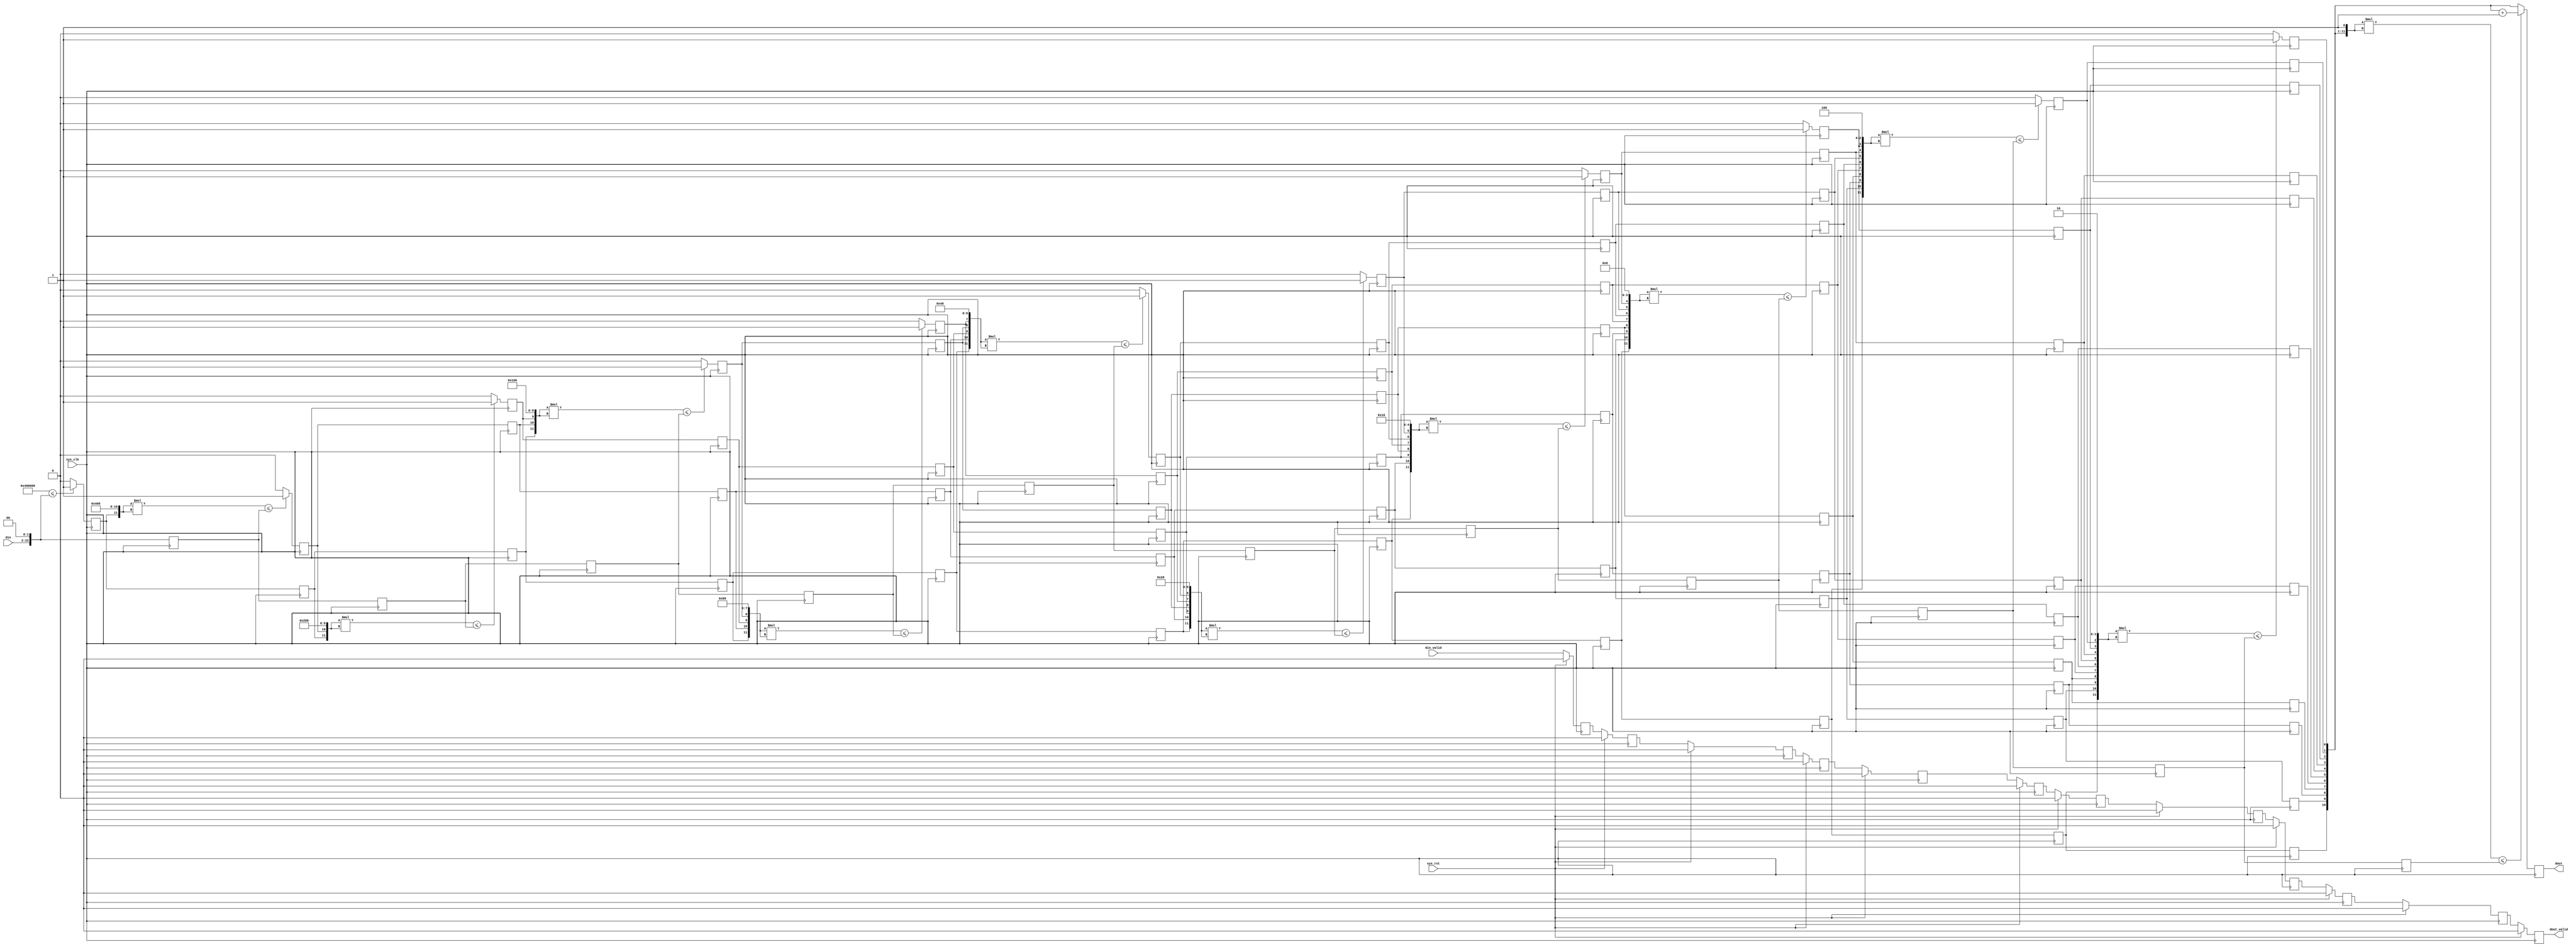
module sqrt
(
    input  wire                 sys_clk     ,
    input  wire                 sys_rst     ,
    input  wire     [20:0]      din         ,
    input  wire                 din_valid   ,
    output wire     [10:0]      dout        ,
    output wire                 dout_valid
);
//----------------------------------------------------------------------
//  c1
reg             [22:0]          data_c1;

always @(posedge sys_clk)
begin
    data_c1 <= {din,2'b0};
end

wire            [23:0]          mult_c1;
assign mult_c1 = 12'b1000_0000_0000 * 12'b1000_0000_0000;

reg                             bit10_c1;

always @(posedge sys_clk)
begin
    if(mult_c1 <= {din,2'b0})
        bit10_c1 <= 1'b1;
    else
        bit10_c1 <= 1'b0;
end

reg                             data_valid_c1;

always @(posedge sys_clk)
begin
    if(sys_rst == 1'b1)
        data_valid_c1 <= 1'b0;
    else
        data_valid_c1 <= din_valid;
end

//----------------------------------------------------------------------
//  c2
reg             [22:0]          data_c2;
reg                             bit10_c2;

always @(posedge sys_clk)
begin
    data_c2  <= data_c1;
    bit10_c2 <= bit10_c1;
end

wire            [23:0]          mult_c2;
assign mult_c2 = {bit10_c1,11'b100_0000_0000} * {bit10_c1,11'b100_0000_0000};

reg                             bit9_c2;

always @(posedge sys_clk)
begin
    if(mult_c2 <= data_c1)
        bit9_c2 <= 1'b1;
    else
        bit9_c2 <= 1'b0;
end

reg                             data_valid_c2;

always @(posedge sys_clk)
begin
    if(sys_rst == 1'b1)
        data_valid_c2 <= 1'b0;
    else
        data_valid_c2 <= data_valid_c1;
end

//----------------------------------------------------------------------
//  c3
reg             [22:0]          data_c3;
reg                             bit10_c3;
reg                             bit9_c3;

always @(posedge sys_clk)
begin
    data_c3  <= data_c2;
    bit10_c3 <= bit10_c2;
    bit9_c3  <= bit9_c2;
end

wire            [23:0]          mult_c3;
assign mult_c3 = {bit10_c2,bit9_c2,10'b10_0000_0000} * {bit10_c2,bit9_c2,10'b10_0000_0000};

reg                             bit8_c3;

always @(posedge sys_clk)
begin
    if(mult_c3 <= data_c2)
        bit8_c3 <= 1'b1;
    else
        bit8_c3 <= 1'b0;
end

reg                             data_valid_c3;

always @(posedge sys_clk)
begin
    if(sys_rst == 1'b1)
        data_valid_c3 <= 1'b0;
    else
        data_valid_c3 <= data_valid_c2;
end

//----------------------------------------------------------------------
//  c4
reg             [22:0]          data_c4;
reg                             bit10_c4;
reg                             bit9_c4;
reg                             bit8_c4;

always @(posedge sys_clk)
begin
    data_c4  <= data_c3;
    bit10_c4 <= bit10_c3;
    bit9_c4  <= bit9_c3;
    bit8_c4  <= bit8_c3;
end

wire            [23:0]          mult_c4;
assign mult_c4 = {bit10_c3,bit9_c3,bit8_c3,9'b1_0000_0000} * {bit10_c3,bit9_c3,bit8_c3,9'b1_0000_0000};

reg                             bit7_c4;

always @(posedge sys_clk)
begin
    if(mult_c4 <= data_c3)
        bit7_c4 <= 1'b1;
    else
        bit7_c4 <= 1'b0;
end

reg                             data_valid_c4;

always @(posedge sys_clk)
begin
    if(sys_rst == 1'b1)
        data_valid_c4 <= 1'b0;
    else
        data_valid_c4 <= data_valid_c3;
end

//----------------------------------------------------------------------
//  c5
reg             [22:0]          data_c5;
reg                             bit10_c5;
reg                             bit9_c5;
reg                             bit8_c5;
reg                             bit7_c5;

always @(posedge sys_clk)
begin
    data_c5  <= data_c4;

    bit10_c5 <= bit10_c4;
    bit9_c5  <= bit9_c4;
    bit8_c5  <= bit8_c4;
    bit7_c5  <= bit7_c4;
end

wire            [23:0]          mult_c5;
assign mult_c5 = {bit10_c4,bit9_c4,bit8_c4,bit7_c4,8'b1000_0000} * {bit10_c4,bit9_c4,bit8_c4,bit7_c4,8'b1000_0000};

reg                             bit6_c5;

always @(posedge sys_clk)
begin
    if(mult_c5 <= data_c4)
        bit6_c5 <= 1'b1;
    else
        bit6_c5 <= 1'b0;
end

reg                             data_valid_c5;

always @(posedge sys_clk)
begin
    if(sys_rst == 1'b1)
        data_valid_c5 <= 1'b0;
    else
        data_valid_c5 <= data_valid_c4;
end

//----------------------------------------------------------------------
//  c6
reg             [22:0]          data_c6;
reg                             bit10_c6;
reg                             bit9_c6;
reg                             bit8_c6;
reg                             bit7_c6;
reg                             bit6_c6;

always @(posedge sys_clk)
begin
    data_c6  <= data_c5;
    bit10_c6 <= bit10_c5;
    bit9_c6  <= bit9_c5;
    bit8_c6  <= bit8_c5;
    bit7_c6  <= bit7_c5;
    bit6_c6  <= bit6_c5;
end

wire            [23:0]          mult_c6;
assign mult_c6 = {bit10_c5,bit9_c5,bit8_c5,bit7_c5,bit6_c5,7'b100_0000} * {bit10_c5,bit9_c5,bit8_c5,bit7_c5,bit6_c5,7'b100_0000};

reg                             bit5_c6;

always @(posedge sys_clk)
begin
    if(mult_c6 <= data_c5)
        bit5_c6 <= 1'b1;
    else
        bit5_c6 <= 1'b0;
end

reg                             data_valid_c6;

always @(posedge sys_clk)
begin
    if(sys_rst == 1'b1)
        data_valid_c6 <= 1'b0;
    else
        data_valid_c6 <= data_valid_c5;
end

//----------------------------------------------------------------------
//  c7
reg             [22:0]          data_c7;
reg                             bit10_c7;
reg                             bit9_c7;
reg                             bit8_c7;
reg                             bit7_c7;
reg                             bit6_c7;
reg                             bit5_c7;

always @(posedge sys_clk)
begin
    data_c7  <= data_c6;
    bit10_c7 <= bit10_c6;
    bit9_c7  <= bit9_c6;
    bit8_c7  <= bit8_c6;
    bit7_c7  <= bit7_c6;
    bit6_c7  <= bit6_c6;
    bit5_c7  <= bit5_c6;
end

wire            [23:0]          mult_c7;
assign mult_c7 = {bit10_c6,bit9_c6,bit8_c6,bit7_c6,bit6_c6,bit5_c6,6'b10_0000} * {bit10_c6,bit9_c6,bit8_c6,bit7_c6,bit6_c6,bit5_c6,6'b10_0000};

reg                             bit4_c7;

always @(posedge sys_clk)
begin
    if(mult_c7 <= data_c6)
        bit4_c7 <= 1'b1;
    else
        bit4_c7 <= 1'b0;
end

reg                             data_valid_c7;

always @(posedge sys_clk)
begin
    if(sys_rst == 1'b1)
        data_valid_c7 <= 1'b0;
    else
        data_valid_c7 <= data_valid_c6;
end

//----------------------------------------------------------------------
//  c8
reg             [22:0]          data_c8;
reg                             bit10_c8;
reg                             bit9_c8;
reg                             bit8_c8;
reg                             bit7_c8;
reg                             bit6_c8;
reg                             bit5_c8;
reg                             bit4_c8;

always @(posedge sys_clk)
begin
    data_c8  <= data_c7;
    bit10_c8 <= bit10_c7;
    bit9_c8  <= bit9_c7;
    bit8_c8  <= bit8_c7;
    bit7_c8  <= bit7_c7;
    bit6_c8  <= bit6_c7;
    bit5_c8  <= bit5_c7;
    bit4_c8  <= bit4_c7;
end

wire            [23:0]          mult_c8;
assign mult_c8 = {bit10_c7,bit9_c7,bit8_c7,bit7_c7,bit6_c7,bit5_c7,bit4_c7,5'b1_0000} * {bit10_c7,bit9_c7,bit8_c7,bit7_c7,bit6_c7,bit5_c7,bit4_c7,5'b1_0000};

reg                             bit3_c8;

always @(posedge sys_clk)
begin
    if(mult_c8 <= data_c7)
        bit3_c8 <= 1'b1;
    else
        bit3_c8 <= 1'b0;
end

reg                             data_valid_c8;

always @(posedge sys_clk)
begin
    if(sys_rst == 1'b1)
        data_valid_c8 <= 1'b0;
    else
        data_valid_c8 <= data_valid_c7;
end

//----------------------------------------------------------------------
//  c9
reg             [22:0]          data_c9;
reg                             bit10_c9;
reg                             bit9_c9;
reg                             bit8_c9;
reg                             bit7_c9;
reg                             bit6_c9;
reg                             bit5_c9;
reg                             bit4_c9;
reg                             bit3_c9;

always @(posedge sys_clk)
begin
    data_c9  <= data_c8;
    bit10_c9 <= bit10_c8;
    bit9_c9  <= bit9_c8;
    bit8_c9  <= bit8_c8;
    bit7_c9  <= bit7_c8;
    bit6_c9  <= bit6_c8;
    bit5_c9  <= bit5_c8;
    bit4_c9  <= bit4_c8;
    bit3_c9  <= bit3_c8;
end

wire            [23:0]          mult_c9;
assign mult_c9 = {bit10_c8,bit9_c8,bit8_c8,bit7_c8,bit6_c8,bit5_c8,bit4_c8,bit3_c8,4'b1000} * {bit10_c8,bit9_c8,bit8_c8,bit7_c8,bit6_c8,bit5_c8,bit4_c8,bit3_c8,4'b1000};

reg                             bit2_c9;

always @(posedge sys_clk)
begin
    if(mult_c9 <= data_c8)
        bit2_c9 <= 1'b1;
    else
        bit2_c9 <= 1'b0;
end

reg                             data_valid_c9;

always @(posedge sys_clk)
begin
    if(sys_rst == 1'b1)
        data_valid_c9 <= 1'b0;
    else
        data_valid_c9 <= data_valid_c8;
end

//----------------------------------------------------------------------
//  c10
reg             [22:0]          data_c10;
reg                             bit10_c10;
reg                             bit9_c10;
reg                             bit8_c10;
reg                             bit7_c10;
reg                             bit6_c10;
reg                             bit5_c10;
reg                             bit4_c10;
reg                             bit3_c10;
reg                             bit2_c10;

always @(posedge sys_clk)
begin
    data_c10  <= data_c9;
    bit10_c10 <= bit10_c9;
    bit9_c10  <= bit9_c9;
    bit8_c10  <= bit8_c9;
    bit7_c10  <= bit7_c9;
    bit6_c10  <= bit6_c9;
    bit5_c10  <= bit5_c9;
    bit4_c10  <= bit4_c9;
    bit3_c10  <= bit3_c9;
    bit2_c10  <= bit2_c9;
end

wire            [23:0]          mult_c10;
assign mult_c10 = {bit10_c9,bit9_c9,bit8_c9,bit7_c9,bit6_c9,bit5_c9,bit4_c9,bit3_c9,bit2_c9,3'b100} * {bit10_c9,bit9_c9,bit8_c9,bit7_c9,bit6_c9,bit5_c9,bit4_c9,bit3_c9,bit2_c9,3'b100};

reg                             bit1_c10;

always @(posedge sys_clk)
begin
    if(mult_c10 <= data_c9)
        bit1_c10 <= 1'b1;
    else
        bit1_c10 <= 1'b0;
end

reg                             data_valid_c10;

always @(posedge sys_clk)
begin
    if(sys_rst == 1'b1)
        data_valid_c10 <= 1'b0;
    else
        data_valid_c10 <= data_valid_c9;
end

//----------------------------------------------------------------------
//  c11
reg             [22:0]          data_c11;
reg                             bit10_c11;
reg                             bit9_c11;
reg                             bit8_c11;
reg                             bit7_c11;
reg                             bit6_c11;
reg                             bit5_c11;
reg                             bit4_c11;
reg                             bit3_c11;
reg                             bit2_c11;
reg                             bit1_c11;

always @(posedge sys_clk)
begin
    data_c11  <= data_c10;
    bit10_c11 <= bit10_c10;
    bit9_c11  <= bit9_c10;
    bit8_c11  <= bit8_c10;
    bit7_c11  <= bit7_c10;
    bit6_c11  <= bit6_c10;
    bit5_c11  <= bit5_c10;
    bit4_c11  <= bit4_c10;
    bit3_c11  <= bit3_c10;
    bit2_c11  <= bit2_c10;
    bit1_c11  <= bit1_c10;
end

wire            [23:0]          mult_c11;
assign mult_c11 = {bit10_c10,bit9_c10,bit8_c10,bit7_c10,bit6_c10,bit5_c10,bit4_c10,bit3_c10,bit2_c10,bit1_c10,2'b10} * {bit10_c10,bit9_c10,bit8_c10,bit7_c10,bit6_c10,bit5_c10,bit4_c10,bit3_c10,bit2_c10,bit1_c10,2'b10};

reg                             bit0_c11;

always @(posedge sys_clk)
begin
    if(mult_c11 <= data_c10)
        bit0_c11 <= 1'b1;
    else
        bit0_c11 <= 1'b0;
end

reg                             data_valid_c11;

always @(posedge sys_clk)
begin
    if(sys_rst == 1'b1)
        data_valid_c11 <= 1'b0;
    else
        data_valid_c11 <= data_valid_c10;
end

//----------------------------------------------------------------------
//  c12
wire            [23:0]          mult_c12;
assign mult_c12 = {bit10_c11,bit9_c11,bit8_c11,bit7_c11,bit6_c11,bit5_c11,bit4_c11,bit3_c11,bit2_c11,bit1_c11,bit0_c11,1'b1} * {bit10_c11,bit9_c11,bit8_c11,bit7_c11,bit6_c11,bit5_c11,bit4_c11,bit3_c11,bit2_c11,bit1_c11,bit0_c11,1'b1};

reg             [10:0]          result_c12;

always @(posedge sys_clk)
begin
    if(mult_c12 <= data_c11)
        result_c12 <= {bit10_c11,bit9_c11,bit8_c11,bit7_c11,bit6_c11,bit5_c11,bit4_c11,bit3_c11,bit2_c11,bit1_c11,bit0_c11} + 1'b1;
    else
        result_c12 <= {bit10_c11,bit9_c11,bit8_c11,bit7_c11,bit6_c11,bit5_c11,bit4_c11,bit3_c11,bit2_c11,bit1_c11,bit0_c11};
end

reg                             result_valid_c12;

always @(posedge sys_clk)
begin
    if(sys_rst == 1'b1)
        result_valid_c12 <= 1'b0;
    else
        result_valid_c12 <= data_valid_c11;
end

//----------------------------------------------------------------------
assign dout = result_c12;
assign dout_valid = result_valid_c12;

endmodule